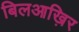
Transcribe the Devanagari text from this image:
बिलआख़िर